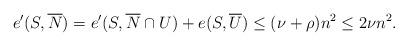
LaTeX: \begin{align*} e'(S,\overline{N}) = e'(S,\overline{N} \cap U) + e(S,\overline{U}) \leq (\nu + \rho)n^2 \leq 2\nu n^2.\end{align*}